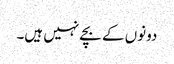
دونوں کے بچے نہیں ہیں۔